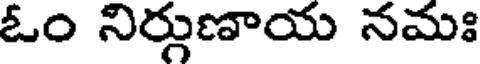
ఓం నిర్గుణాయ నమః